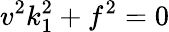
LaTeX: v^{2}k_{1}^{2}+f^{2}=0